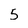
Character: 5